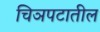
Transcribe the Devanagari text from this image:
चिञपटातील